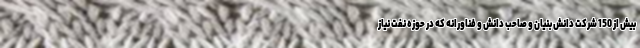
بیش از 150 شرکت دانش بنیان و صاحب دانش و فناورانه که در حوزه نفت نیاز